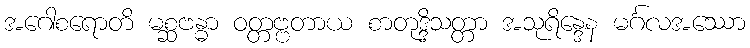
အဂေါစရောတိ မစ္ဆဗန္ဓာ ဝတ္တဗ္ဗတာယ စာတုဒ္ဒိသတ္တာ အသုရိန္ဒေန မင်္ဂလအဿော